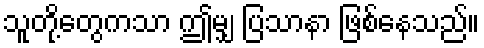
သူတို့တွေကသာ ဤမျှ ပြသာနာ ဖြစ်နေသည်။